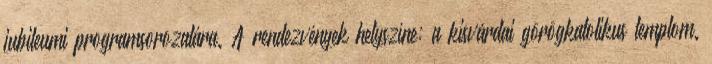
jubileumi programsorozatára. A rendezvények helyszíne: a kisvárdai görögkatolikus templom.